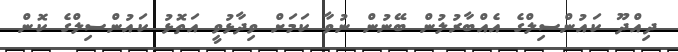
ދިއްދޫ ކައުންސިލްގެ އެއްބާރުލުން ބޭނުން ނުވާ ކަމަށް ވިދާޅުވީ އަތޮޅު ކައުންސިލްގެ ކޮން